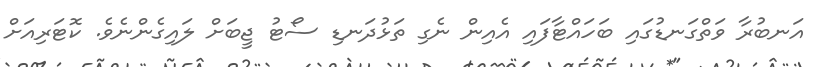
އަނބުރާ ވަތްގަނޑުގައި ބަހައްޓާފައި އެއިން ނެގި ތަޅުދަނޑި ސޯޓު ޖީބަށް ލައިގެންނެވެ. ކޮޓަރިއަށް